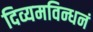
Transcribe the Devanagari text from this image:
दिव्यमविन्धनं